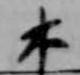
木